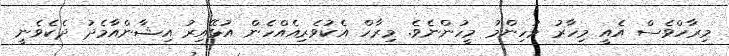
މިރާހްވެސް އެއީ މިހާރު މުހިންމު މީހުންނެވެ. މިރާހް އެކުވެރިއެއްހެން އުޅޭއިރު އިޝާންއާމެދު ދެކެވެނީ